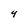
Character: 4